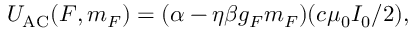
U _ { \mathrm { { A C } } } ( F , m _ { F } ) = ( \alpha - \eta \beta g _ { F } m _ { F } ) ( c \mu _ { 0 } I _ { 0 } / 2 ) ,